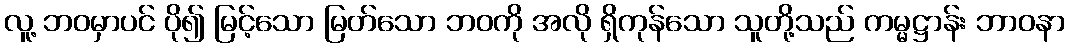
လူ့ ဘဝမှာပင် ပို၍ မြင့်သော မြတ်သော ဘဝကို အလို ရှိကုန်သော သူတို့သည် ကမ္မဋ္ဌာန်း ဘာဝနာ